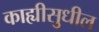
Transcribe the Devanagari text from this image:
काह्यीसुधील